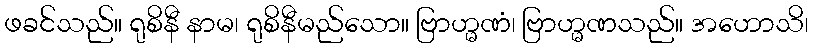
ဖခင်သည်။ ရုစိနီ နာမ၊ ရုစိနီမည်သော။ ဗြာဟ္မဏံ၊ ဗြာဟ္မဏသည်။ အဟောသိ၊